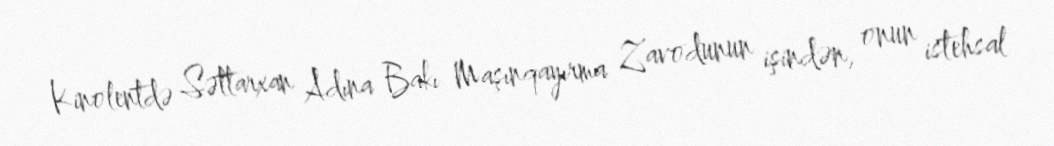
Kinolentdə Səttarxan Adına Bakı Maşınqayırma Zavodunun işindən, onun istehsal